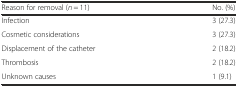
| Reason for removal (n = 11) | No. (%) |
 | --- | --- |
 | Infection | 3 (27.3) |
 | Cosmetic considerations | 3 (27.3) |
 | Displacement of the catheter | 2 (18.2) |
 | Thrombosis | 2 (18.2) |
 | Unknown causes | 1 (9.1) |